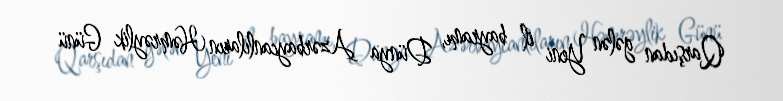
Qarşıdan gələn Yeni il bayramı, Dünya Azərbaycanlıların Həmrəylik Günü